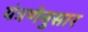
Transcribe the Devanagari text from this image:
यंत्रणेनुसार